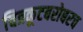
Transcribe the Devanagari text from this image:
चित्रकूटबरोबरच